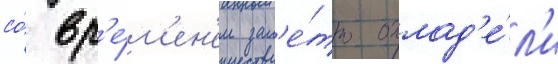
со́ вр'е́м'ен'ем зам'е́тно охлад'е́л'и